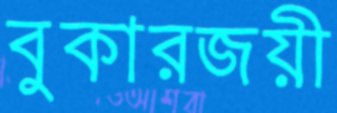
বুকারজয়ী